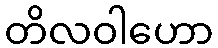
တိလဝါဟော